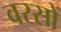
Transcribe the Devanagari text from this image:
वरसों